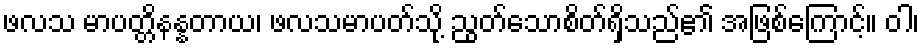
ဖလသ မာပတ္တိနန္နတာယ၊ ဖလသမာပတ်သို့ ညွတ်သောစိတ်ရှိသည်၏ အဖြစ်ကြောင့်။ ဝါ၊